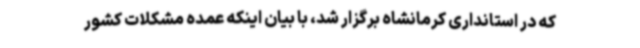
که در استانداری کرمانشاه برگزار شد، با بیان اینکه عمده مشکلات کشور